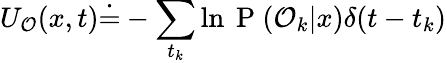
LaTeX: {U_{\mathcal{O}}(x,t)\dot{=}-\sum_{t_{k}}\ln\mathrm{~P~}(\mathcal{O}_{k}|x)\delta(t-t_{k})}